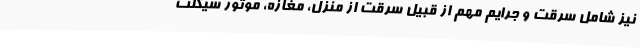
نیز شامل سرقت و جرایم مهم از قبیل سرقت از منزل، مغازه، موتور سیکلت